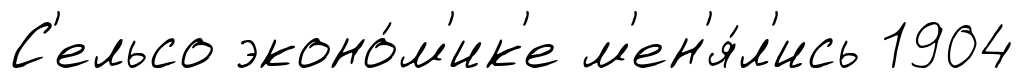
С'ельсо эконо́м'ик'е м'ен'я́л'ись 1904